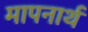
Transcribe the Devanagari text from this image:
मापनार्थ